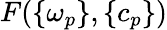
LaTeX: F(\{ \omega_{p}\} ,\{ c_{p}\} )